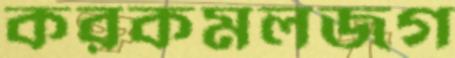
করকমলজগ